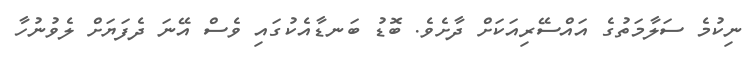
ނިކުމެ ސަލާމަތުގެ އައްސޭރިއަކަށް ދާށެވެ. ބޮޑު ބަނޑާއެކުގައި ވެސް އޭނަ ދެފަޔަށް ލެވުނުހާ